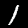
Label: 1